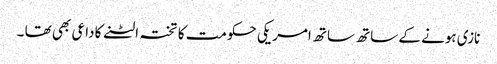
نازی ہونے کے ساتھ ساتھ امریکی حکومت کا تختہ الٹنے کا داعی بھی تھا ۔